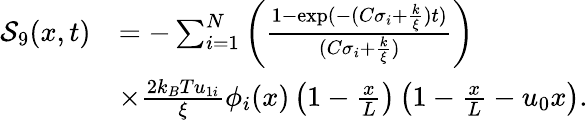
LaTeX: \begin{array}{rl}{\mathcal{S}_{9}(x,t)}&{=-\sum_{i=1}^{N}\left(\frac{1-\exp(-(C\sigma_{i}+\frac{k}{\xi})t)}{(C\sigma_{i}+\frac{k}{\xi})}\right)}\\ &{\times\frac{2k_{B}Tu_{1i}}{\xi}\phi_{i}(x)\left(1-\frac{x}{L}\right)\left(1-\frac{x}{L}-u_{0}x\right).}\end{array}